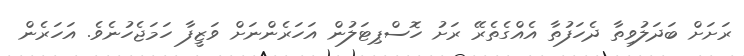
ރަށަށް ބަދަލުވިތާ ދެހަފުތާ އެއްގެތެރޭ ރަށު ހޮސްޕިޓަލުން އަހަރެންނަށް ވަޒީފާ ހަމަޖެހުނެވެ. އަހަރެން